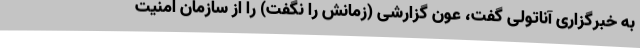
به خبرگزاری آناتولی گفت، عون گزارشی (زمانش را نگفت) را از سازمان امنیت